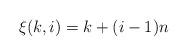
LaTeX: \begin{align*}\xi(k,i) = k+(i-1)n\end{align*}